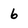
Character: 6